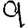
Digit: 9